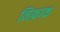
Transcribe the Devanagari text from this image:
निफ़ाक